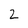
Character: 2